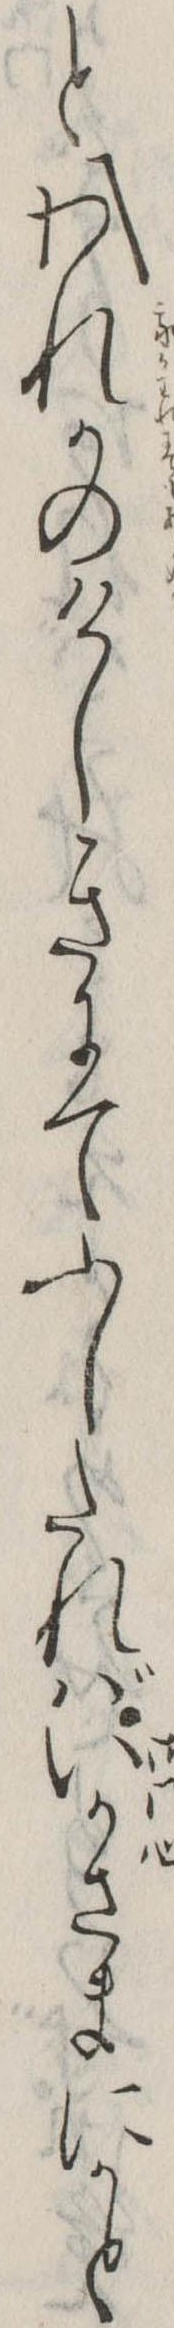
とわれかのけしきにてふしたればいかさまにかと